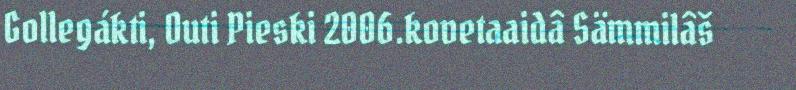
Gollegákti, Outi Pieski 2006.kovetaaidâ Sämmilâš